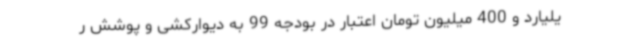
یلیارد و 400 میلیون تومان اعتبار در بودجه 99 به دیوارکشی و پوشش ر